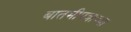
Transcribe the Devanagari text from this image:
बातमीपत्राच्या